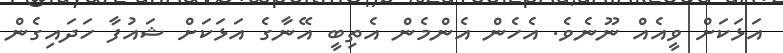
އަޅަކަށް ވީއެއް ނޫނެވެ. އެހެން އެންމެން އެތިބީ އޭނާގެ އަޅަކަށް ޝައުފާ ހަދައިގެން